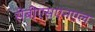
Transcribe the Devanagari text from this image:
सेबीएसएनएल